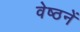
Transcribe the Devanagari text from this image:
वेष्ठनें